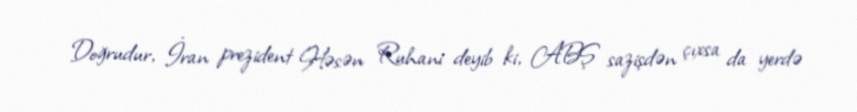
Doğrudur, İran prezident Həsən Ruhani deyib ki, ABŞ sazişdən çıxsa da yerdə